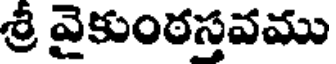
శ్రీ వైకుంఠస్తవము